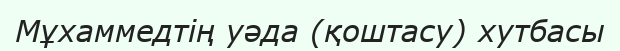
Мұхаммедтің уәда (қоштасу) хутбасы